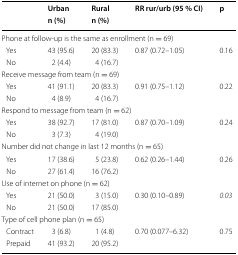
| <ROWSPAN=2>  | Urban | Rural | <ROWSPAN=2> RR rur/urb (95 % CI) | <ROWSPAN=2> p |
 | n (%) | n (%) |
 | --- | --- | --- | --- | --- |
 | <COLSPAN=5> Phone at follow-up is the same as enrollment (n = 69) |
 | Yes | 43 (95.6) | 20 (83.3) | <ROWSPAN=2> 0.87 (0.72–1.05) | <ROWSPAN=2> 0.16 |
 | No | 2 (4.4) | 4 (16.7) |
 | <COLSPAN=5> Receive message from team (n = 69) |
 | Yes | 41 (91.1) | 20 (83.3) | <ROWSPAN=2> 0.91 (0.75–1.12) | <ROWSPAN=2> 0.22 |
 | No | 4 (8.9) | 4 (16.7) |
 | <COLSPAN=5> Respond to message from team (n = 62) |
 | Yes | 38 (92.7) | 17 (81.0) | <ROWSPAN=2> 0.87 (0.70–1.09) | <ROWSPAN=2> 0.24 |
 | No | 3 (7.3) | 4 (19.0) |
 | <COLSPAN=5> Number did not change in last 12 months (n = 65) |
 | Yes | 17 (38.6) | 5 (23.8) | <ROWSPAN=2> 0.62 (0.26–1.44) | <ROWSPAN=2> 0.26 |
 | No | 27 (61.4) | 16 (76.2) |
 | <COLSPAN=5> Use of internet on phone (n = 62) |
 | Yes | 21 (50.0) | 3 (15.0) | <ROWSPAN=2> 0.30 (0.10–0.89) | <ROWSPAN=2> 0.03 |
 | No | 21 (50.0) | 17 (85.0) |
 | <COLSPAN=5> Type of cell phone plan (n = 65) |
 | Contract | 3 (6.8) | 1 (4.8) | <ROWSPAN=2> 0.70 (0.077–6.32) | <ROWSPAN=2> 0.75 |
 | Prepaid | 41 (93.2) | 20 (95.2) |